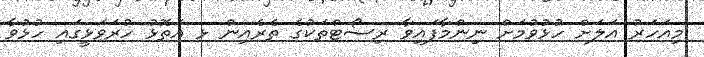
މިއަހަރު އަލަށް ހުޅުވުމަށް ނިންމާފައިވާ ރިސޯޓްތަކުގެ ތެރެއިން ޅ އަތޮޅު ހުރަވަޅީގައި ހުޅުވާ